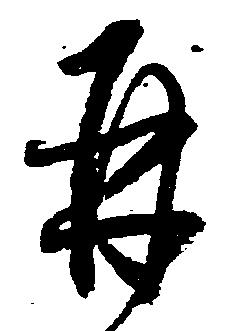
并